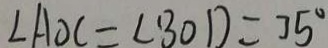
\angle A O C = \angle B O D = 7 5 ^ { \circ }